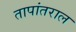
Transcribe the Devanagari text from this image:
तापांतराल